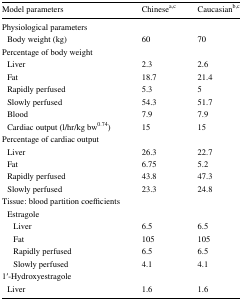
| Model parameters | Chinesea,c | Caucasianb,c |
 | --- | --- | --- |
 | <COLSPAN=3> Physiological parameters |
 | Body weight (kg) | 60 | 70 |
 | <COLSPAN=3> Percentage of body weight |
 | Liver | 2.3 | 2.6 |
 | Fat | 18.7 | 21.4 |
 | Rapidly perfused | 5.3 | 5 |
 | Slowly perfused | 54.3 | 51.7 |
 | Blood | 7.9 | 7.9 |
 | Cardiac output (l/hr/kg bw0.74) | 15 | 15 |
 | <COLSPAN=3> Percentage of cardiac output |
 | Liver | 26.3 | 22.7 |
 | Fat | 6.75 | 5.2 |
 | Rapidly perfused | 43.8 | 47.3 |
 | Slowly perfused | 23.3 | 24.8 |
 | <COLSPAN=3> Tissue: blood partition coefficients |
 | <COLSPAN=3> Estragole |
 | Liver | 6.5 | 6.5 |
 | Fat | 105 | 105 |
 | Rapidly perfused | 6.5 | 6.5 |
 | Slowly perfused | 4.1 | 4.1 |
 | <COLSPAN=3> 1′-Hydroxyestragole |
 | Liver | 1.6 | 1.6 |